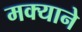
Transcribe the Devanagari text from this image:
मक्याने